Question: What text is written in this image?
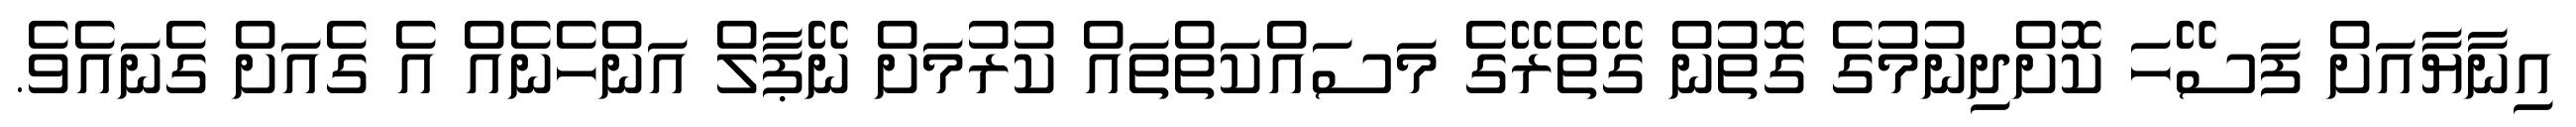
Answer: އިނާޔާއަށް ފަސޭހަ ކޮށްދިނުމުގެ ގޮތުން ގޭތެރޭގެ މަސައްކަތްތައް ކުރުމަށް ނޭޕާލް އަންހެނެއް އެ ގެއަށް ގެނައެވެ.